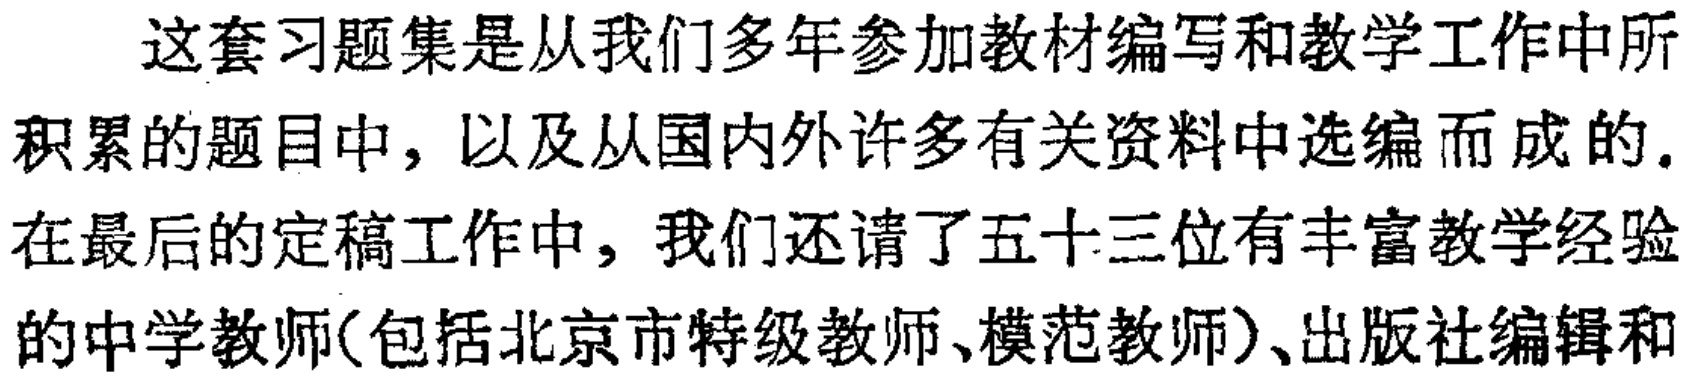
这套习题集是从我们多年参加教材编写和教学工作中所积累的题目中，以及从国内外许多有关资料中选编而成的. 在最后的定稿工作中，我们还请了五十三位有丰富教学经验的中学教师(包括北京市特级教师、模范教师)、出版社编辑和